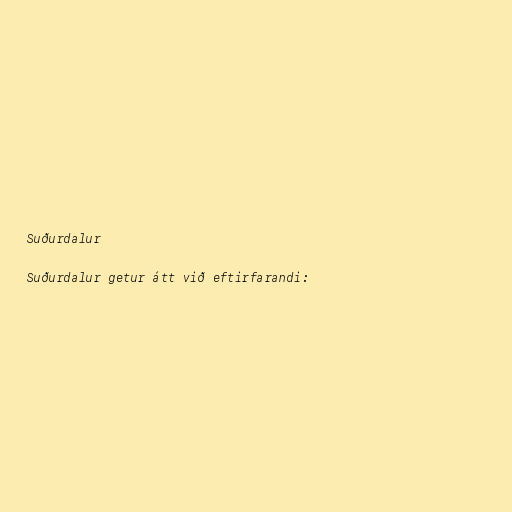
Suðurdalur

Suðurdalur getur átt við eftirfarandi: